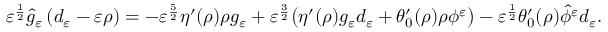
\begin{array} { r } { \varepsilon ^ { \frac { 1 } { 2 } } \hat { g } _ { \ensuremath { \varepsilon } } \left( d _ { \varepsilon } - \ensuremath { \varepsilon } \rho \right) = - \varepsilon ^ { \frac { 5 } { 2 } } \eta ^ { \prime } ( \rho ) \rho g _ { \ensuremath { \varepsilon } } + \varepsilon ^ { \frac { 3 } { 2 } } \big ( \eta ^ { \prime } ( \rho ) g _ { \ensuremath { \varepsilon } } d _ { \varepsilon } + \theta _ { 0 } ^ { \prime } ( \rho ) \rho \phi ^ { \varepsilon } \big ) - \varepsilon ^ { \frac { 1 } { 2 } } \theta _ { 0 } ^ { \prime } ( \rho ) \hat { \phi } ^ { \varepsilon } d _ { \varepsilon } . } \end{array}